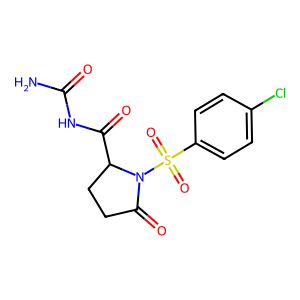
SMILES: NC(=O)NC(=O)C1CCC(=O)N1S(=O)(=O)c1ccc(Cl)cc1
Inhibits HIV replication: No